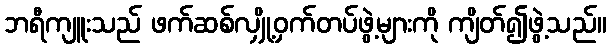
ဘရီကျူးသည် ဖက်ဆစ်လျှို့ဝှက်တပ်ဖွဲ့များကို ကျိတ်၍ဖွဲ့သည်။